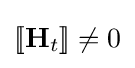
[\![\mathbf {H} _{t}]\!]\neq 0